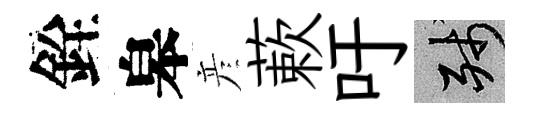
銓皋彦蔌吁殘